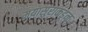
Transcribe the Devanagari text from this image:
मयासुराकडून